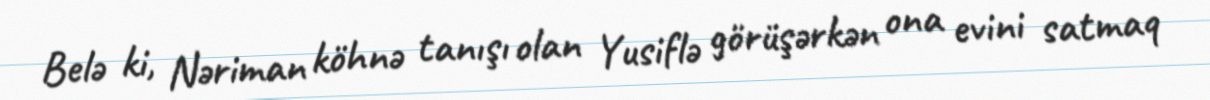
Belə ki, Nəriman köhnə tanışı olan Yusiflə görüşərkən ona evini satmaq